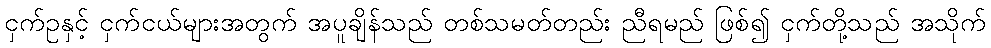
ငှက်ဥနှင့် ငှက်ငယ်များအတွက် အပူချိန်သည် တစ်သမတ်တည်း ညီရမည် ဖြစ်၍ ငှက်တို့သည် အသိုက်